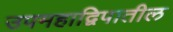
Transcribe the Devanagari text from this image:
उपमहाद्विपातील